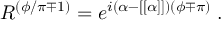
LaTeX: { \cal R } ^ { ( \phi / \pi \mp 1 ) } = e ^ { i ( \alpha - [ [ \alpha ] ] ) ( \phi \mp \pi ) } \; .